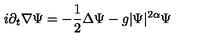
i \partial _ { t } \nabla \Psi = - \frac 1 2 \Delta \Psi - g | \Psi | ^ { 2 \alpha } \Psi